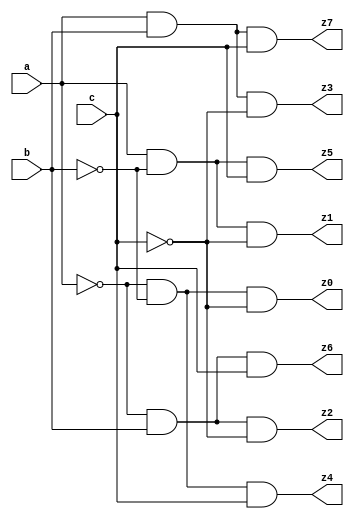
`timescale 1ns/1ps

module decoder_a(

    input a, b, c,
    output z0, z1, z2, z3, z4, z5, z6, z7

);

    assign z0 = (~a & ~b & ~c);
    assign z1 = (a & ~b & ~c);
    assign z2 = (~a & b & ~c);
    assign z3 = (a & b & ~c);
    assign z4 = (~a & ~b & c);
    assign z5 = (a & ~b & c);
    assign z6 = (~a & b & c);
    assign z7 = (a & b & c);

endmodule